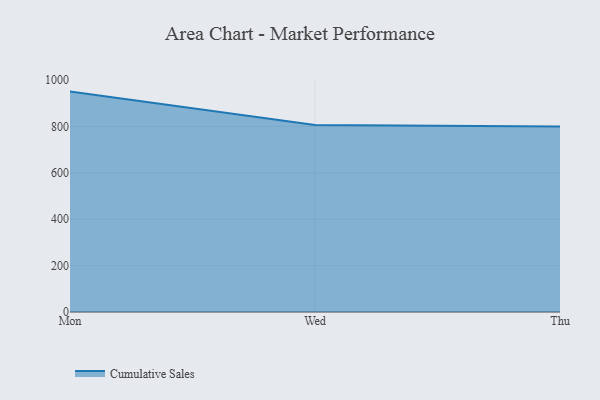
{"axis": {"x": "Day", "y": "Population (Million)"}, "legend": ["Cumulative Sales"], "data": [{"x": "Mon", "y": 950.8, "type": "Cumulative Sales"}, {"x": "Wed", "y": 807.1, "type": "Cumulative Sales"}, {"x": "Thu", "y": 800, "type": "Cumulative Sales"}]}